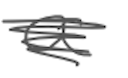
Text: a
Cross-out: scratch
Writing tool: digital_gray